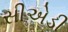
સીએડી